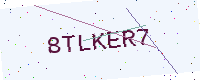
Text: 8TLKER7